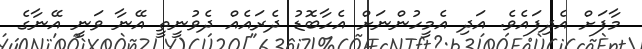
މާފަށް އެދިފައެވެ. އަދި އެމީހުންނަށް އެހާބޮޑު ދެރައެއް ދެވުނީތީ އޭނާ ވަނީ އޭނާގެ